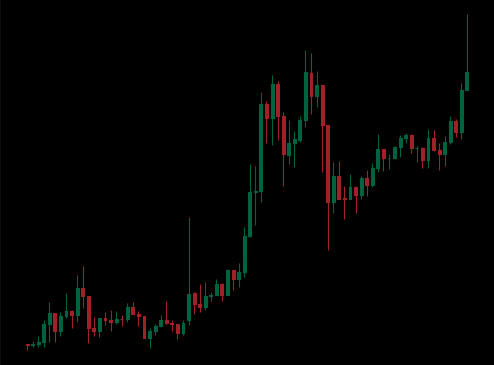
Pattern: unclassified